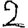
Digit: 2